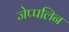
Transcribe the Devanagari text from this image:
जेप्पलिन